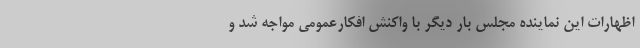
اظهارات این نماینده مجلس بار دیگر با واکنش افکارعمومی مواجه شد و